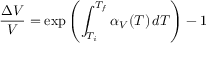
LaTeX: { \frac { \Delta V } { V } } = \exp \left( \int _ { T _ { i } } ^ { T _ { f } } \alpha _ { V } ( T ) \, d T \right) - 1